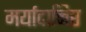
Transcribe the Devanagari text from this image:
मर्यादानिष्ठ